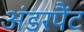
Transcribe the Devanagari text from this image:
अंडरपैंट